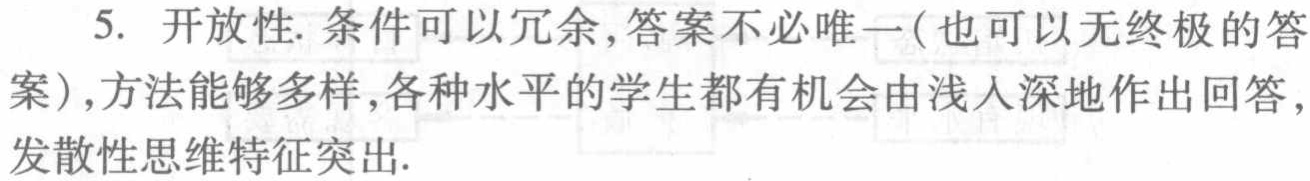
5. 开放性. 条件可以冗余,答案不必唯一(也可以无终极的答
案),方法能够多样,各种水平的学生都有机会由浅入深地作出回答,
发散性思维特征突出.